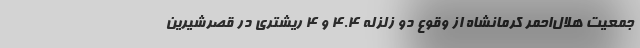
جمعیت هلال‌احمر کرمانشاه از وقوع دو زلزله ۴.۴ و ۴ ریشتری در قصرشیرین